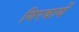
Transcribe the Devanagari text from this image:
गिरवायें